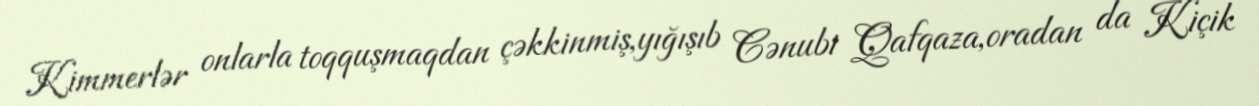
Kimmerlər onlarla toqquşmaqdan çəkkinmiş,yığışıb Cənubi Qafqaza,oradan da Kiçik